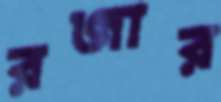
রজার